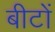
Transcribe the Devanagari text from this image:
बीटों